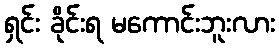
ရှင်း ခိုင်းရ မကောင်းဘူးလား